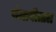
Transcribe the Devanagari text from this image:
पंजाबीताल